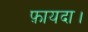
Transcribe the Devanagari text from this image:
फ़ायदा।